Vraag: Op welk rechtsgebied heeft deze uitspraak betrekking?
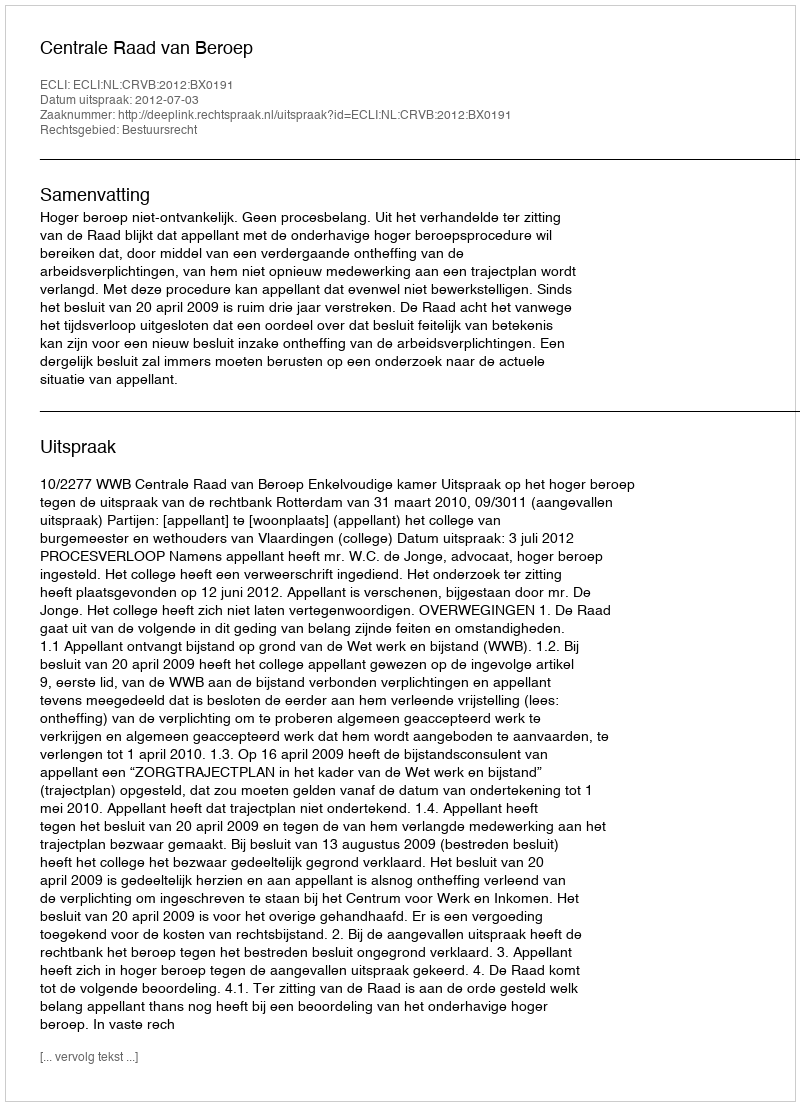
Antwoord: Bestuursrecht